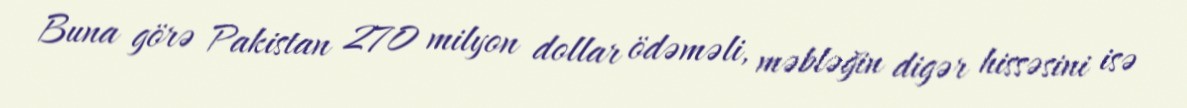
Buna görə Pakistan 270 milyon dollar ödəməli, məbləğin digər hissəsini isə